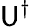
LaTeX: \mathsf{U}^{\dagger}